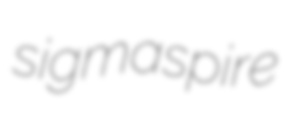
sigmaspire